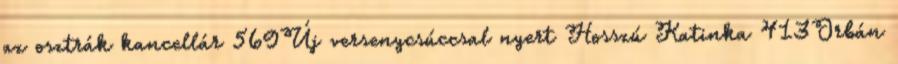
az osztrák kancellár 569Új versenycsúccsal nyert Hosszú Katinka 413Orbán